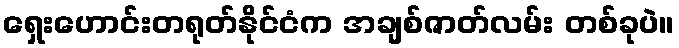
ရှေးဟောင်းတရုတ်နိုင်ငံက အချစ်ဇာတ်လမ်း တစ်ခုပဲ။